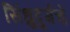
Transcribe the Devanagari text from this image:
सिंधुदुर्गचे